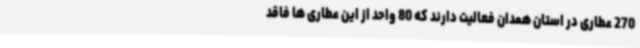
270 عطاری در استان همدان فعالیت دارند که 80 واحد از این عطاری ها فاقد